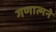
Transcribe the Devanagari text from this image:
गणात्मने